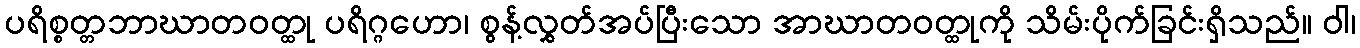
ပရိစ္စတ္တဘာဃာတဝတ္ထု ပရိဂ္ဂဟော၊ စွန့်လွှတ်အပ်ပြီးသော အာဃာတဝတ္ထုကို သိမ်းပိုက်ခြင်းရှိသည်။ ဝါ၊